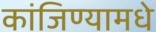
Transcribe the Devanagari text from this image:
कांजिण्यामधे